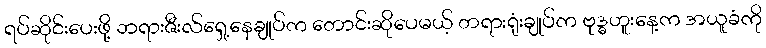
ရပ်ဆိုင်းပေးဖို့ ဘရားဇီးလ်ရှေ့နေချုပ်က တောင်းဆိုပေမယ့် တရားရုံးချုပ်က ဗုဒ္ဓဟူးနေ့က အယူခံကို